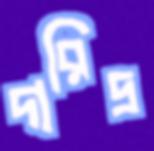
দারিদ্র